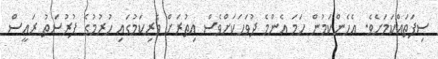
ސިފަތައްކަމަށެވެ. އެހެންކަމުން ހަމަ އެންމެ ދުވަހަކަށްވެސް އިތުރަށް ވެރިކަމުގައި ހުރުމުގެ ފުރުސަތު ރައީސް